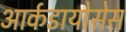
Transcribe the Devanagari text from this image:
आर्कडायोसेस